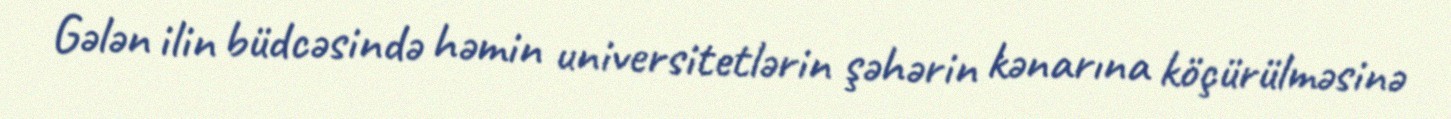
Gələn ilin büdcəsində həmin universitetlərin şəhərin kənarına köçürülməsinə